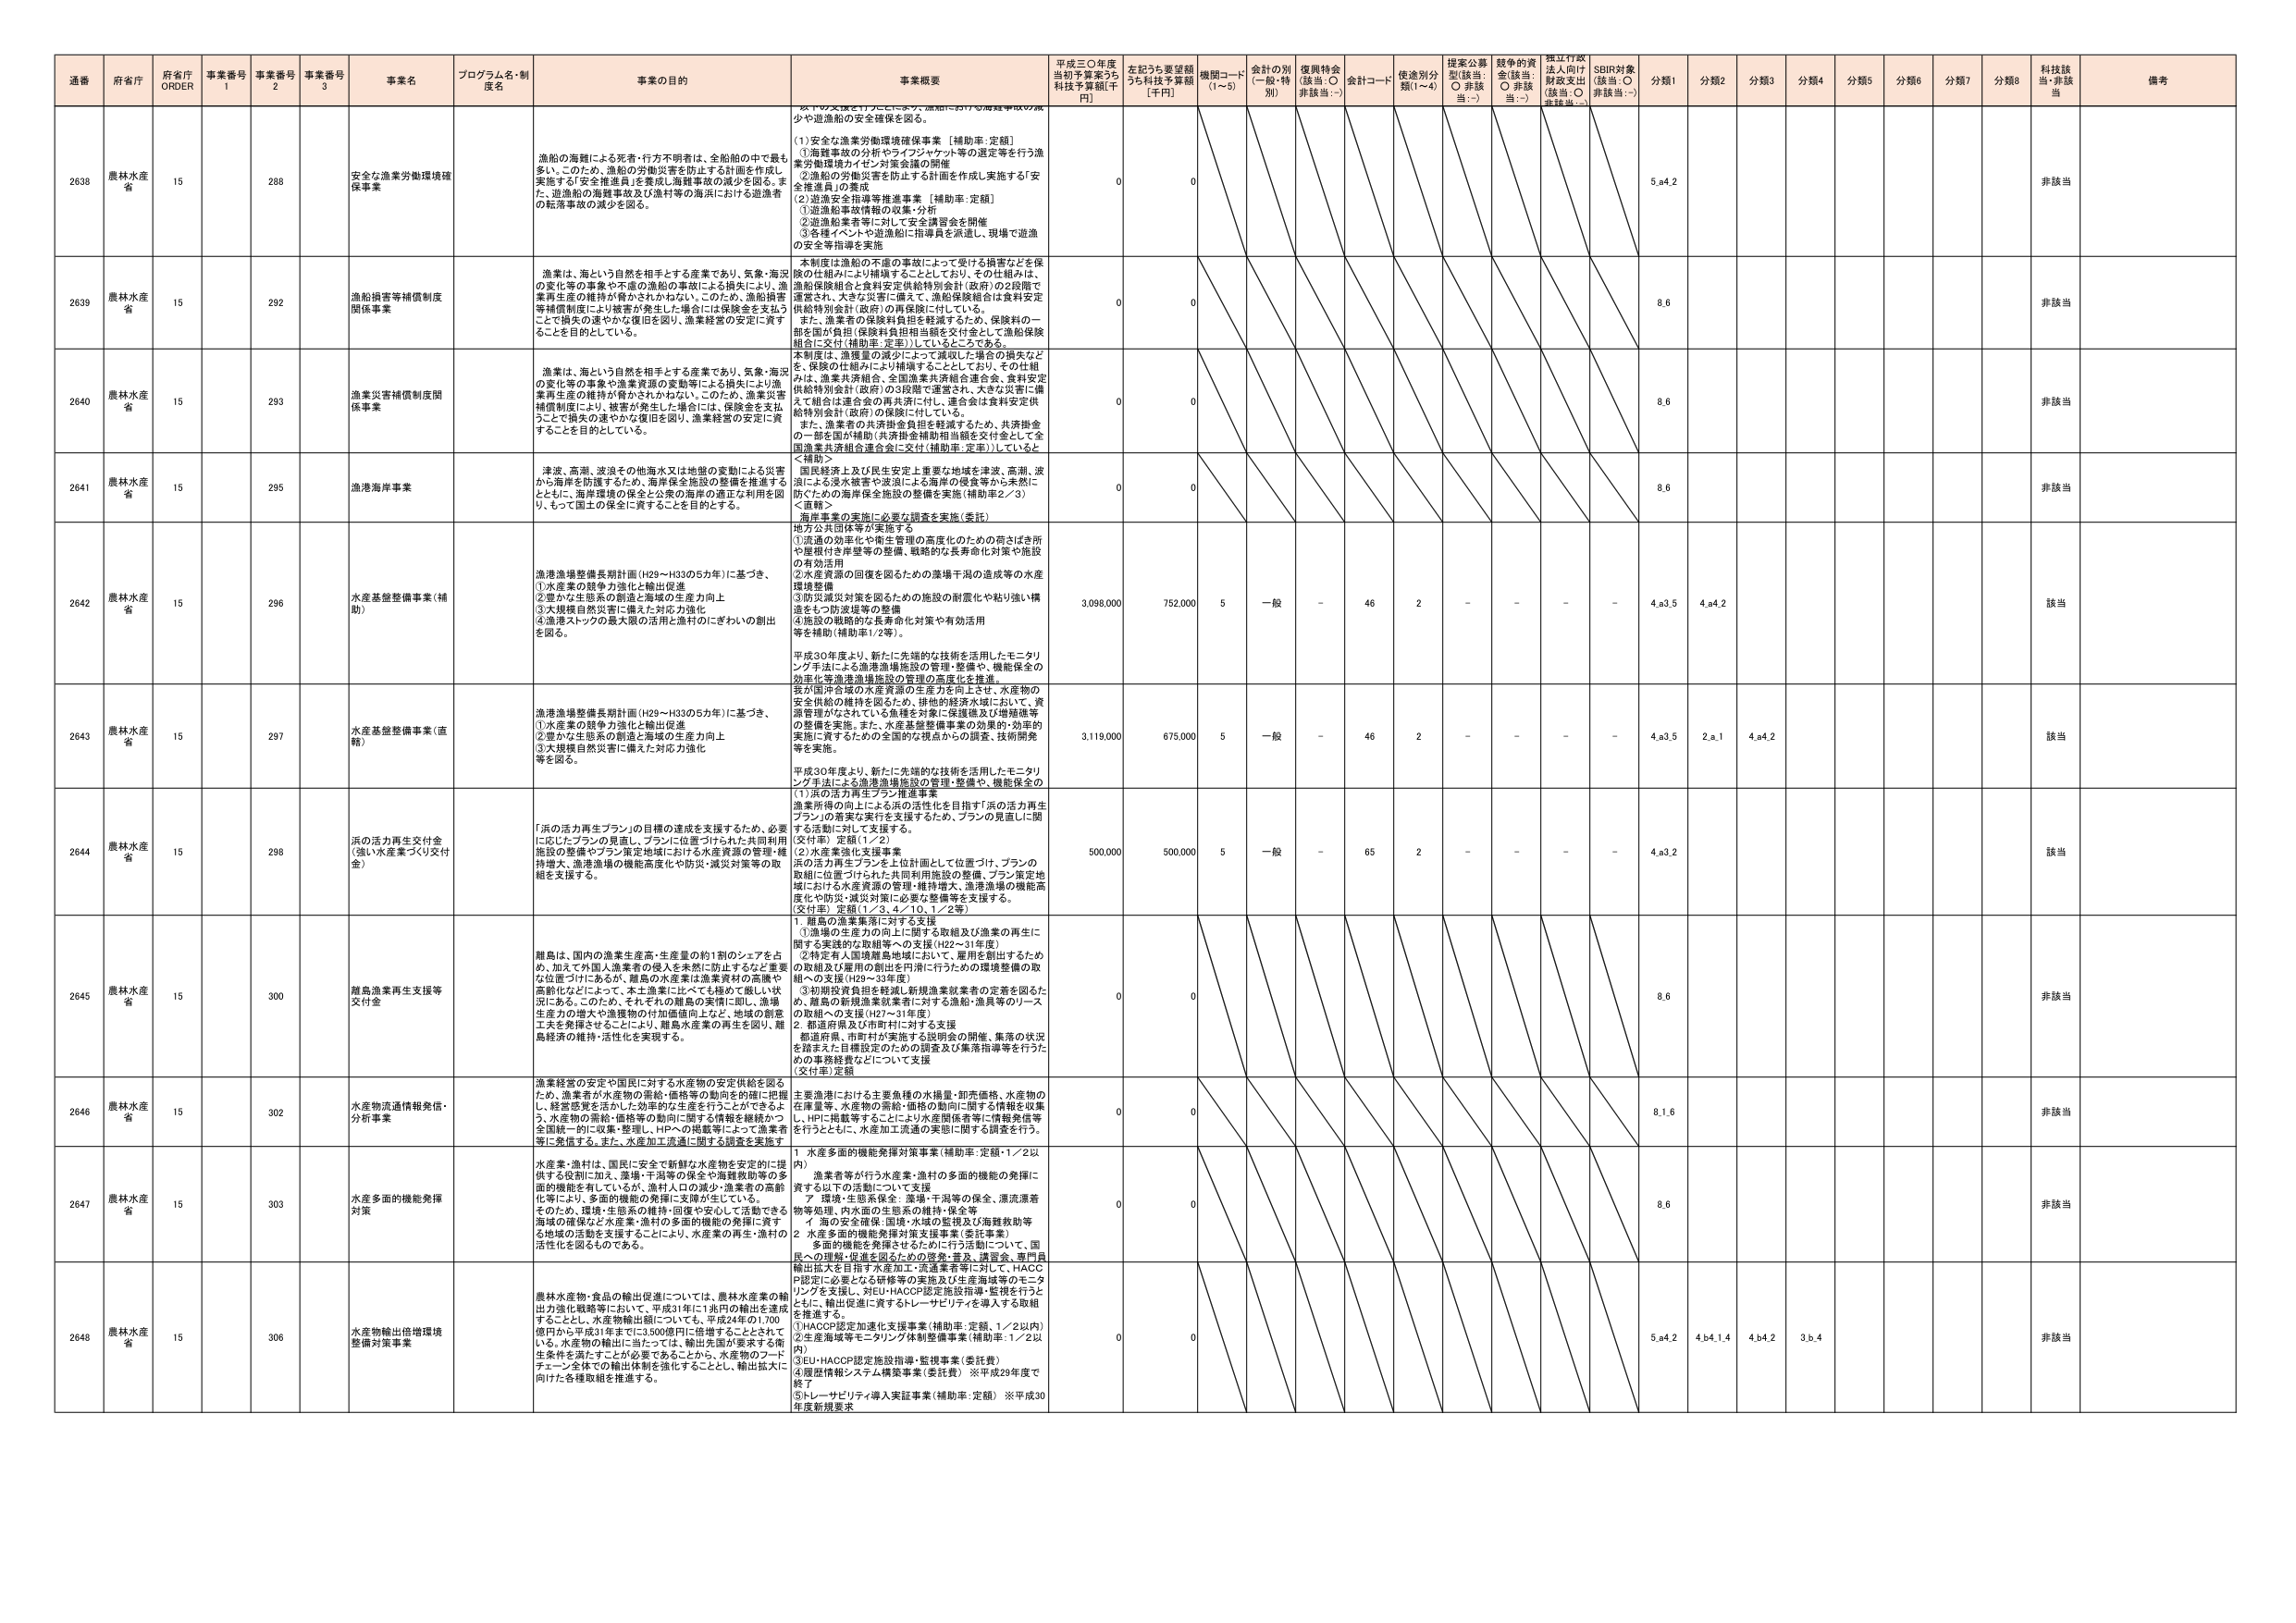
通番 府省庁 府省庁 ORDER 事業番号 1 事業番号 2 事業番号 3 事業名 プログラム名・制度名 事業の目的 事業概要 平成三〇年度当初予算案うち 科技予算額[千円] 左記うち要望額うち科技予算額 [千円] 機関コード (1~5) 金計の別 (該当:○ 非該当:−) 復興特金 (該当:○ 非該当:−) 金計コード 使途別分類(1~4) 提案公募型(該当:○ 非該当:−) 競争的資金(該当:○ 非該当:−) 指定行政法人向け財政支出(該当:○ 非該当:−) SDBR対象(該当:○ 非該当:−) 分類1 分類2 分類3 分類4 分類5 分類6 分類7 分類8 科技該当・非該当 備考

2638 農林水産省 15 288 安全な漁業労働環境確保事業 漁船の海難による死者・行方不明者は、全船舶の中で最も多い。このため、漁船の労働災害を防止する計画を作成し実施する「安全推進員」を養成し海難事故の減少を図る。また、遊漁船の海難事故及び漁村等の海浜における避漁者の転落事故の減少を図る。 漁船の海難事故の減少や遊漁船の安全確保を図る。 (1)安全な漁業労働環境確保事業【補助率:定額】 ①海難事故の分析やライフジャケット等の選定等を行う漁業労働環境カイゼン対策会議の開催 ②漁船の労働災害を防止する計画を作成し実施する「安全推進員」の養成 (2)遊漁安全指導等推進事業【補助率:定額】 ①遊漁船事故情報の収集・分析 ②遊漁船業者等に対して安全講習会を開催 ③各都イベントの遊漁船に指導員を派遣し、現場で遊漁の安全等指導を実施 0 0 5.a4.2 非該当

2639 農林水産省 15 292 漁船損害等補償制度関係事業 漁業は、海という自然を相手とする産業であり、気象・海況の変化等の事象や不慮の漁船の事故による損失により、漁業再 生産の維持が脅かされかねない。このため、漁船損害等補償制度により被害が発生した場合には保険金を支払うことで損失の速やかな復旧を図り、漁業経営の安定に資することを目的としている。 本制度は漁船の不慮の事故によって受ける損害などを保険の仕組みにより補填することとしており、その仕組みは、漁船保険組合と食料安定供給特別会計(政府)の2段階で運営され、大きな災害に備えて、漁船保険組合は食料安定供給特別会計(政府)の再保険に付している。 また、漁業者の保険料負担を軽減するため、保険料の一部を国が負担(保険料負担相当額を交付金として漁船保険組合に交付(補助率:定率))しているところである。 0 0 8.6 非該当

2640 農林水産省 15 293 漁業災害補償制度関係事業 漁業は、海という自然を相手とする産業であり、気象・海況の変化等の事象や漁業資源の変動等による損失により漁業再 生産の維持が脅かされかねない。このため、漁業災害補償制度により、被害が発生した場合には、保険金を支払うことで損失の速やかな復旧を図り、漁業経営の安定に資することを目的としている。 本制度は、漁獲量の減少によって減収した場合の損失なども、保険の仕組みにより補填することとしており、その仕組みは、漁業共済組合、全国漁業共済組合連合会、食料安定供給特別会計(政府)の3段階で運営され、大きな災害に備えて組合は連合会の再共済に付し、連合会は食料安定供給特別会計(政府)の再保険に付している。 また、漁業者の共済掛金負担を軽減するため、共済掛金の一部を国が補助(共済掛金補助相当額を交付金として全国漁業共済組合連合会に交付(補助率:定率))している。 0 0 8.6 非該当

2641 農林水産省 15 295 漁船海岸事業 津波、高潮、波浪その他海水又は地盤の変動による災害から海岸を防護するため、海岸保全施設の整備を推進するとともに、海岸環境の保全と公衆の海岸の適正な利用を図り、もって国土の保全に資することを目的とする。 <補助> 国民経済上及び民生安定上重要な地域を津波、高潮、波浪による浸水被害や波浪による海岸の侵食等から未然に防ぐための海岸保全施設の整備を実施(補助率2／3) <直轄> 海岸事業の実施に必要な調査を実施(委託) 地方公共団体等が実施する ①流通の効率化や衛生管理の高度化のための荷さばき所や屋根付き岸壁等の整備、戦略的な長寿命化対策や施設の有効活用 ②水産資源の回復を図るための藻場干潟の造成等の水産環境整備 ③防災減災対策を図るための施設の耐震化や粘り強い構造をもつ防波堤等の整備 ④施設の戦略的な長寿命化対策や有効活用 等を補助(補助率1／2等)。 0 0 8.6 非該当

2642 農林水産省 15 296 水産基盤整備事業(補助) 漁港漁場整備長期計画(H29～H33の5カ年)に基づき、 ①水産業の競争力強化と輸出促進 ②豊かな生態系の創造と海域の生産力向上 ③大規模自然災害に備えた対応力強化 ④漁港ストックの最大限の活用と漁村のにぎわいの創出を図る。 平成30年度より、新たに先端的な技術を活用したモニタリング手法による漁港漁場施設の管理・整備や、機能保全の高度化等漁港漁場施設の管理の高度化を推進。 第六国中会議の水産資源の生産力を向上させ、水産物の安全供給の維持を図るため、排他的経済水域において、資源管理がなされている魚種を対象に保護礁及び増殖礁等の整備を実施。また、水産基盤整備事業の効果的・効率的実施に資するための全国的な視点からの調査、技術開発等を実施。 3,098,000 752,000 5 一般 - 46 2 - - - - 4.a3.5 4.a4.2 該当

2643 農林水産省 15 297 水産基盤整備事業(直轄) 漁港漁場整備長期計画(H29～H33の5カ年)に基づき、 ①水産業の競争力強化と輸出促進 ②豊かな生態系の創造と海域の生産力向上 ③大規模自然災害に備えた対応力強化 等を図る。 平成30年度より、新たに先端的な技術を活用したモニタリング手法による漁港漁場施設の管理・整備や、機能保全の高度化等漁港漁場施設の管理の高度化を推進。 第六国中会議の水産資源の生産力を向上させ、水産物の安全供給の維持を図るため、排他的経済水域において、資源管理がなされている魚種を対象に保護礁及び増殖礁等の整備を実施。また、水産基盤整備事業の効果的・効率的実施に資するための全国的な視点からの調査、技術開発等を実施。 3,119,000 675,000 5 一般 - 46 2 - - - - 4.a3.5 2.a.1 4.a4.2 該当

2644 農林水産省 15 298 浜の活力再生交付金 (強い水産業づくり交付金) 「浜の活力再生プラン」の目標の達成を支援するため、必要に応じたプランの見直し、プランに位置づけられた共同利用施設の整備やプラン策定地域における水産資源の管理・維持増大、漁港漁場の機能高度化や防災・減災対策等の取組を支援する。 (1)浜の活力再生プラン推進事業 漁業所得の向上による浜の活性化を目指す「浜の活力再生プラン」の着実な実行を支援するため、プランの見直しに関 する活動に対して支援する。 (交付率)定額(1／2) (2)水産業強化支援事業 浜の活力再生プランを上位計画として位置づけ、プランの取組に位置づけられた共同利用施設の整備、プラン策定地域における水産資源の管理・維持増大、漁港漁場の機能高度化や防災・減災対策に必要な整備等を支援する。 (交付率)定額(1／3、4／10、1／2等) 500,000 500,000 5 一般 - 65 2 - - - - 4.a3.2 該当

2645 農林水産省 15 300 離島漁業再生支援等交付金 離島は、国内の漁業生産高・生産量の約1割のシェアを占め、加えて外国人漁業者の侵入を未然に防止するなど重要な位置づけにあるが、離島の水産業は漁業資材の高騰や高齢化などによって、本土漁業に比べてつらめかで厳しい状況にある。このため、それぞれの離島の実情に即し、漁場生産力の増大や漁獲物の付加価値向上など、地域の創意工夫を発揮させることにより、離島水産業の再生を図り、離島経済の維持・活性化を実現する。 1. 離島の漁業集落に対する支援 ①漁場の生産力の向上に関する取組及び漁業の再生に関する実践的な取組等への支援(H22～31年度) ②特定有人国境離島地域において、雇用を創出するための取組及び雇用の創出を円滑に行うための環境整備の取組への支援(H29～33年度) ③初期投資負担を軽減し新規漁業就業者の定着を図るため、離島の新規漁業就業者に対する漁船・漁具等のリースの取組への支援(H27～31年度) 2. 都道府県及び市町村に対する支援 都道府県、市町村が実施する説明会の開催、集落の状況を踏まえた目標設定のための調査及び集落指導等を行うための事務経費などについて支援 (交付率)定額 0 0 8.6 非該当

2646 農林水産省 15 302 水産物流通情報発信・分析事業 漁業経営の安定や国民に対する水産物の安定供給を図るため、漁業者が水産物の需給・価格等の動向を的確に把握し、経営変更を活かした効率的な生産を行うことができるよう、水産物の需給・価格等の動向に関する情報を継続かつ全国統一的に収集・整理し、HPへの掲載等によって漁業者等に発信する。また、水産加工流通に関する調査を実施す 主要漁港における主要魚種の水揚量・卸売価格、水産物の在庫量等、水産物の需給・価格の動向に関する情報を収集し、HPに掲載等することにより水産関係者等に情報発信等を行うとともに、水産加工流通の実態に関する調査を行う。 0 0 8.1.6 非該当

2647 農林水産省 15 303 水産多面的機能発揮対策 水産業・漁村は、国民に安全で新鮮な水産物を安定的に提供する役割に加え、藻場・干潟等の保全や海難救助等の多面的機能を有しているが、漁村人口の減少・漁業者の高齢化等により、多面的機能の発揮に支障が生じている。そのため、環境・生態系の維持・回復や安心して活動できる海域の確保など水産業・漁村の多面的機能の発揮に資する地域の活動を支援することにより、水産業の再生・漁村の活性化を図るものである。 1 水産多面的機能発揮対策事業(補助率:定額・1／2以内) 漁業者等が行う水産業・漁村の多面的機能の発揮に資する以下の活動について支援 ア 環境・生態系保全:藻場・干潟等の保全、漂流漂着物等処理、内水面の生態系の維持・保全等 イ 海の安全確保:国境・水域の監視及び海難救助等 2 水産多面的機能発揮対策支援事業(委託事業) 多面的機能を発揮させるために行う活動について、国民への理解・推進を図るための啓発・普及、講習会、専門員輸出拡大を目的とする加工・流通業者等に対して、HACCP認定に必要となる研修等の実施及び生産海域等のモニタリングを支援し、対EU-HACCP認定施設指導・監視を行うとともに、輸出促進に資するトレーサビリティを導入する取組を推進する。 0 0 8.6 非該当

2648 農林水産省 15 306 水産物輸出倍増環境整備対策事業 農林水産物・食品の輸出促進については、農林水産業の輸出力強化戦略等において、平成31年には1兆円の輸出を達成することとし、水産物輸出額については、平成24年の1,700億円から平成31年までに3,500億円に倍増することとされて いる。水産物の輸出に当たっては、輸出先国が要求する衛生条件を満たすことが必要であることから、水産物のフードチェーン全体での輸出体制を強化することとし、輸出拡大に向けた各種取組を推進する。 ①HACCP認定加速化支援事業(補助率:定額、1／2以内) ②生産海域等モニタリング体制整備事業(補助率:1／2以内) ③EU-HACCP認定施設指導・監視事業(委託費) ④履歴情報システム構築事業(委託費) ※平成29年度で終了 ⑤トレーサビリティ導入実証事業(補助率:定額) ※平成30年度新規要求 0 0 5.a4.2 4.b4.1.4 4.b4.2 3.b.4 非該当